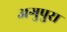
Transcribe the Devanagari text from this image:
अगुपुरा